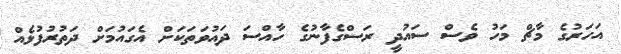
އަހަރުގެ މާޗް މަހު ވެސް ސައުދީ ރަސްގެފާނުގެ ހާއްސަ ދައުވަތަކަށް އެގައުމަށް ދަތުރުފުޅެއް